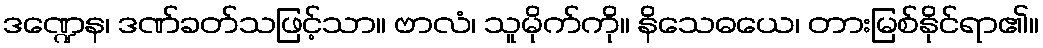
ဒဏ္ဍေန၊ ဒဏ်ခတ်သဖြင့်သာ။ ဗာလံ၊ သူမိုက်ကို။ နိသေဓယေ၊ တားမြစ်နိုင်ရာ၏။